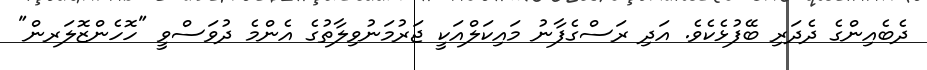
ދެބެއިންގެ ދެދަރި ބޭފުޅެކެވެ. އަދި ރަސްގެފާނު މައިކަލްއަކީ ޖަރުމަނުވިލާތުގެ އެންމެ ދުވަސްވީ "ހޮހެންޒޮލަރން"